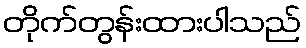
တိုက်တွန်းထားပါသည်